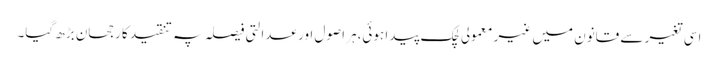
اسی تغیر سے قانون میں غیر معمولی لچک پیدا ہوئی،ہر اصول اور عدالتی فیصلہ پہ تنقید کا رجحان بڑھ گیا۔